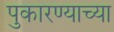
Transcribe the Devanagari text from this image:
पुकारण्याच्या